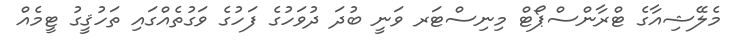
މެލޭޝިއާގެ ޓްރާންސްޕޯޓް މިނިސްޓަރ ވަނީ ބުދަ ދުވަހުގެ ފަހުގެ ވަގުތެއްގައި ތަހުޤީގު ޓީމެއް